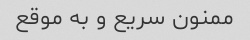
ممنون سریع و به موقع